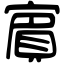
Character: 賔